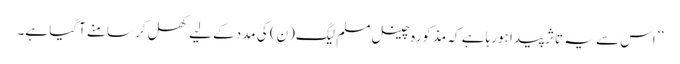
’’ اس سے یہ تاثر پیدا ہورہا ہے کہ مذکورہ چینل مسلم لیگ(ن) کی مدد کے لیے کھل کر سامنے آگیا ہے۔